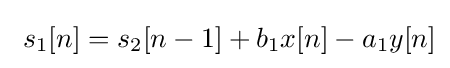
\ s_{1}[n]=s_{2}[n-1]+b_{1}x[n]-a_{1}y[n]